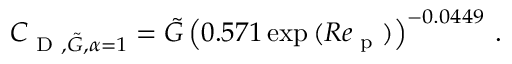
C _ { \textup { D } , \tilde { G } , \alpha = 1 } = \tilde { G } \left( 0 . 5 7 1 \exp { ( R e _ { \textup { p } } ) } \right) ^ { - 0 . 0 4 4 9 } \, .